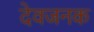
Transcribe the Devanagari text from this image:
देवजनक